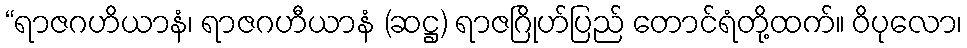
“ရာဇဂဟိယာနံ၊ ရာဇဂဟီယာနံ (ဆဋ္ဌ) ရာဇဂြိုဟ်ပြည် တောင်ရံတို့ထက်။ ဝိပုလော၊